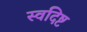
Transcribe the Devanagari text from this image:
स्वदिष्ट